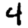
Digit: 4